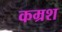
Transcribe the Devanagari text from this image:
कम्रश